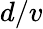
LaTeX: d/v